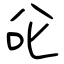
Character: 兺